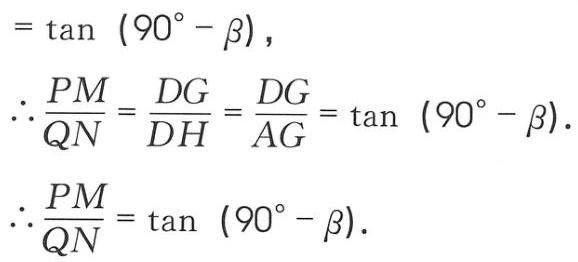
\[
\begin{align*}
&=\tan(90^{\circ}-\beta),\\
\therefore\frac{PM}{QN}&=\frac{DG}{DH}=\frac{DG}{AG}=\tan(90^{\circ}-\beta).\\
\therefore\frac{PM}{QN}&=\tan(90^{\circ}-\beta).
\end{align*}
\]